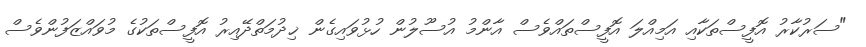
"ސަރުކާރު އޮފީސްތަކާއި އަމިއްލަ އޮފީސްތައްވެސް އާންމު އުސޫލުން ހުޅުވައިގެން ޚިދުމަތްދޭއިރު އޮފީސްތަކުގެ މުވައްޒަފުންވެސް